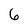
Character: 6